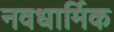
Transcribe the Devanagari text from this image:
नवधार्मिक